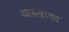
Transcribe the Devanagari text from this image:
अस्ताचा